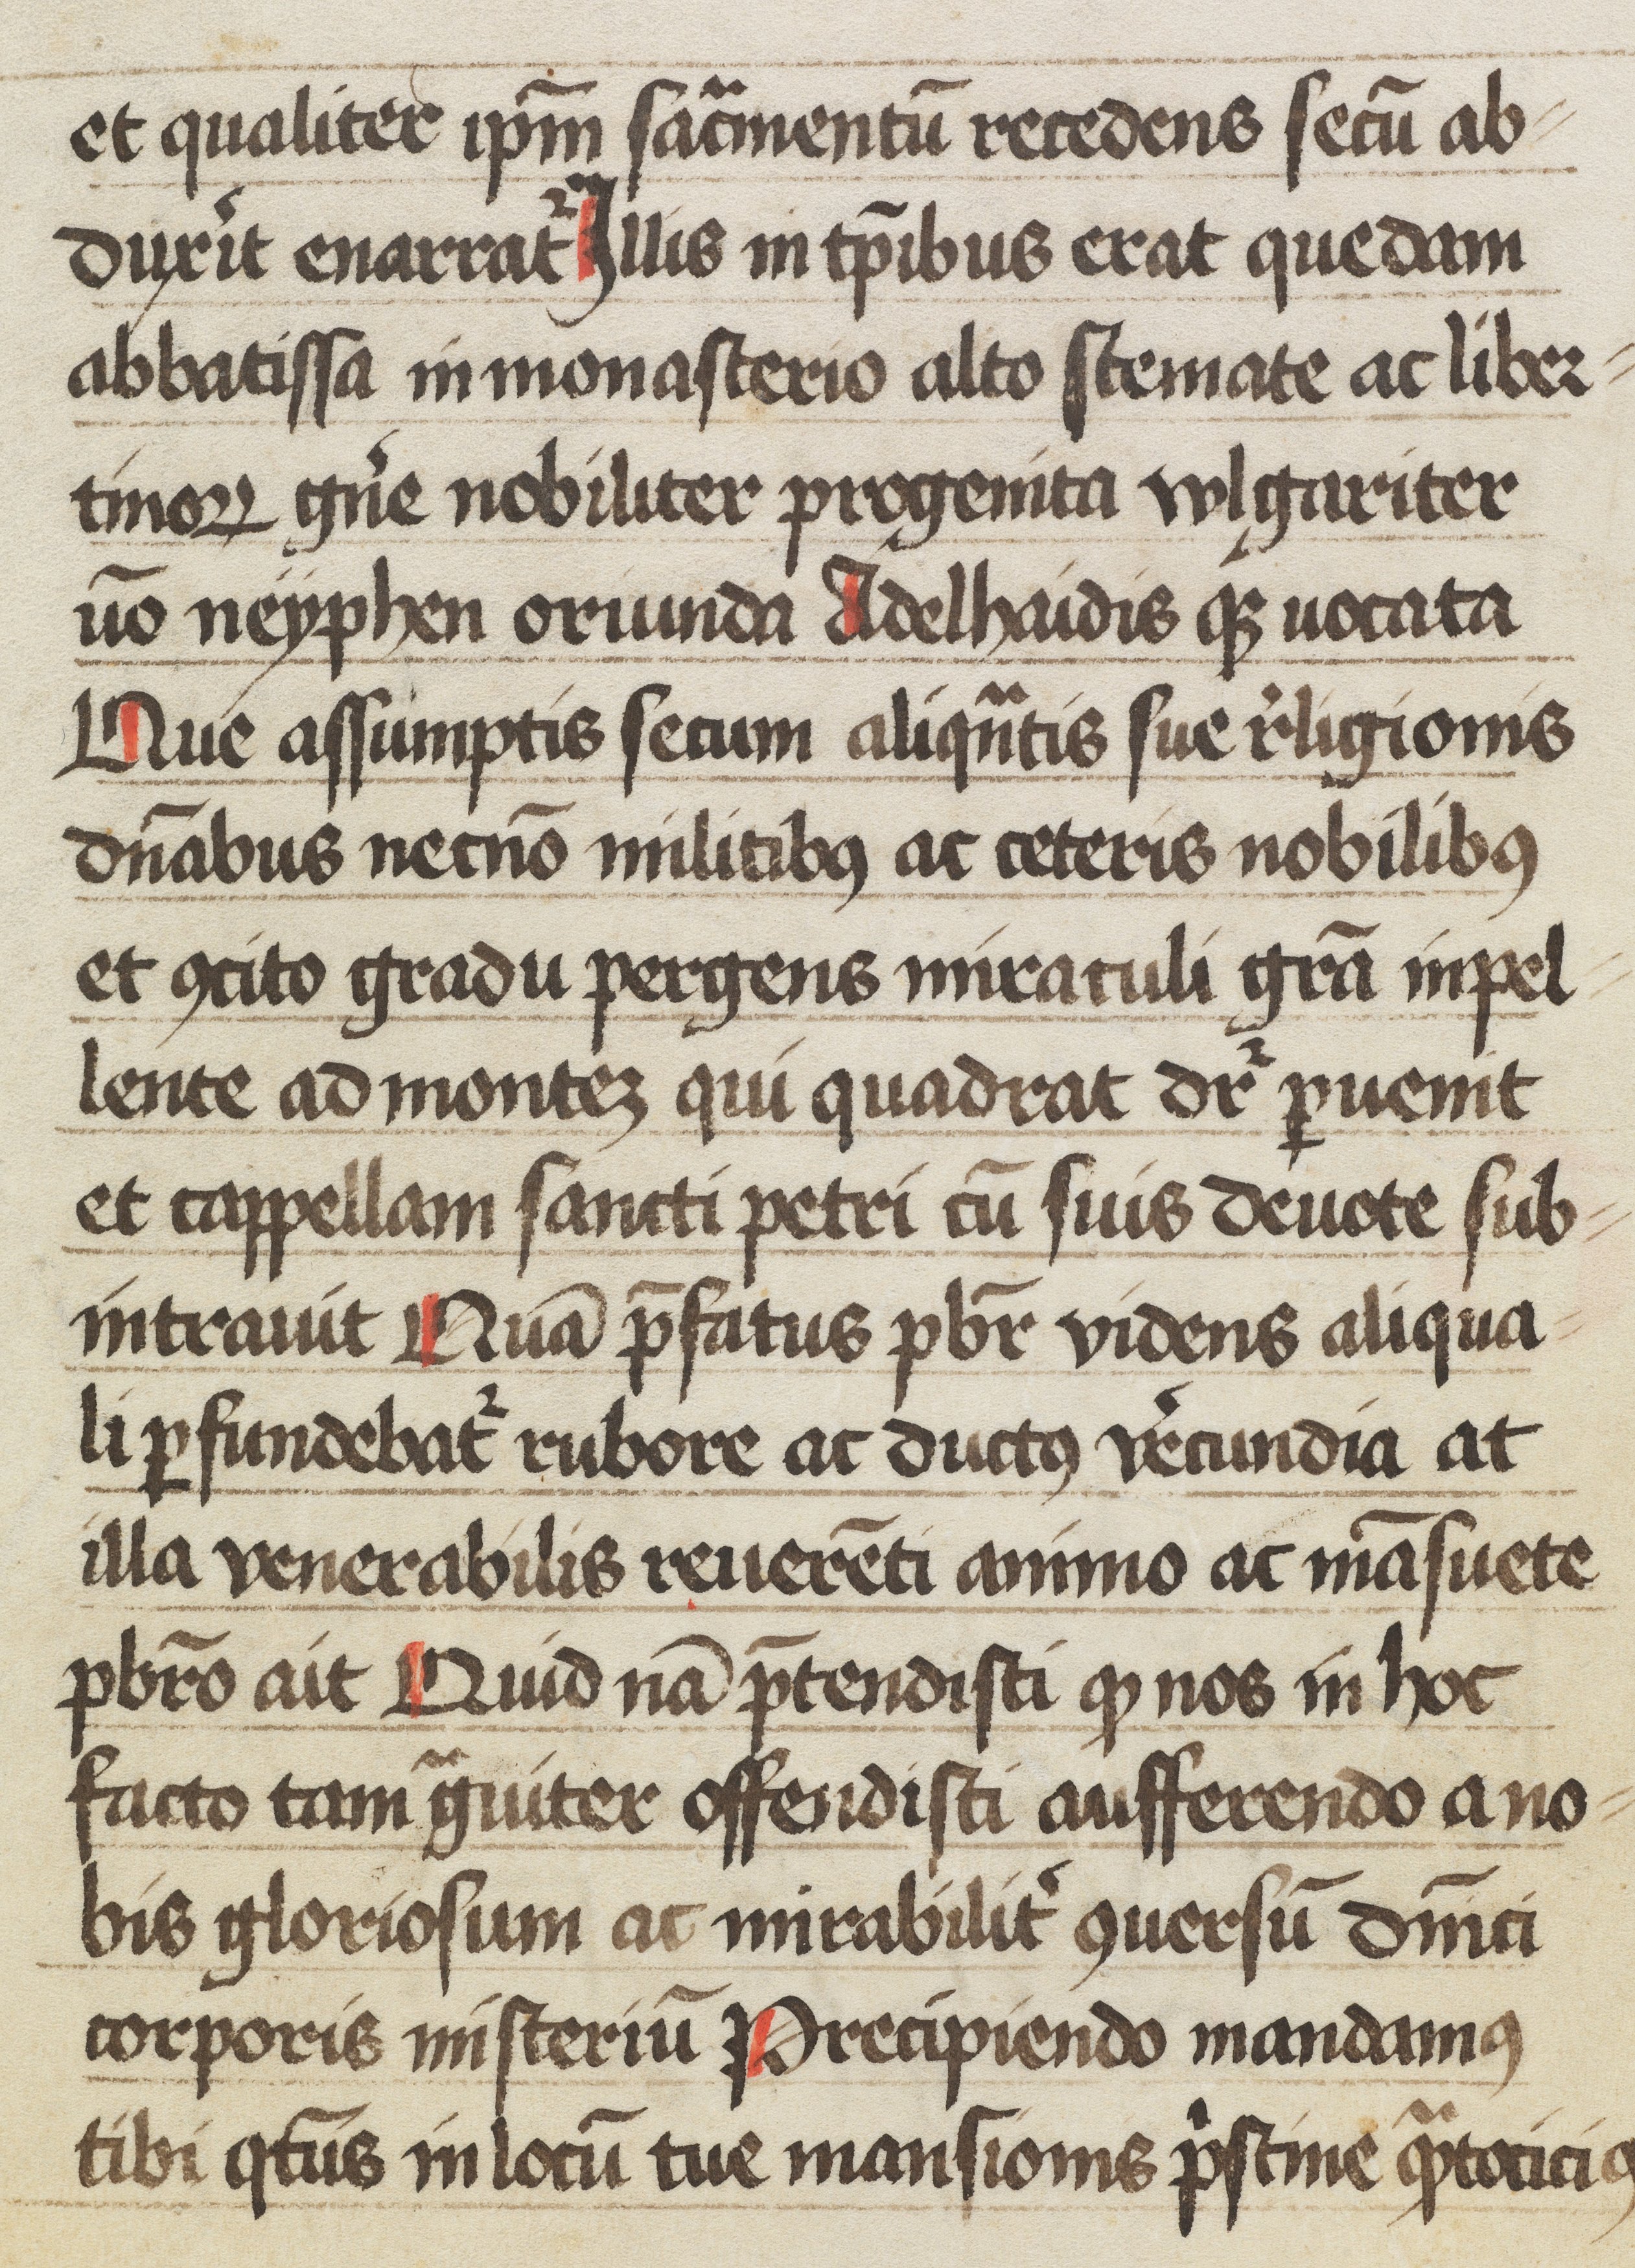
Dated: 1445–1475